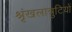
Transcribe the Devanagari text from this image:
श्रृंखलात्रुटियों